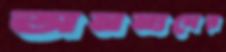
অনন্যদের